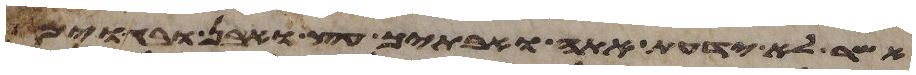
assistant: אשר לא ידעת אתה ואבתיך עץ ואבן ובגוים